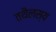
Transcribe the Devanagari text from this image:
तथैलस्य